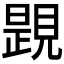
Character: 𧡰